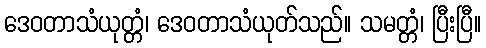
ဒေဝတာသံယုတ္တံ၊ ဒေဝတာသံယုတ်သည်။ သမတ္တံ၊ ပြီးပြီ။